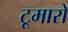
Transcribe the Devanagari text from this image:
टूमारो